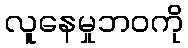
လူနေမှုဘဝကို